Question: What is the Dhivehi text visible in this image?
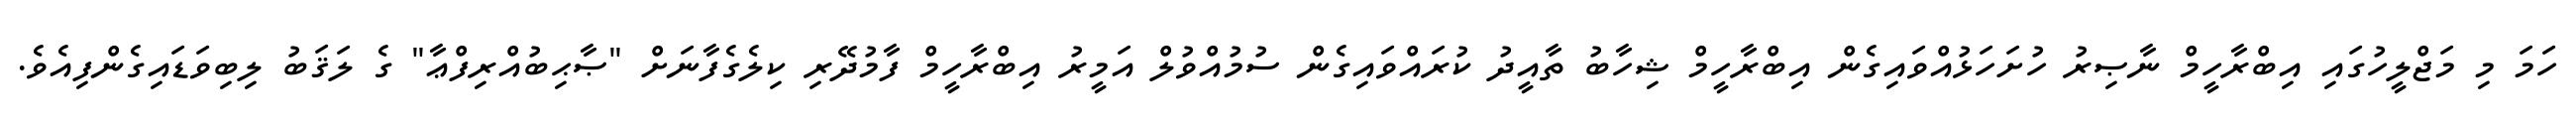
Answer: ހަމަ މި މަޖްލީހުގައި އިބްރާހީމް ނާޞިރު ހުށަހަޅުއްވައިގެން އިބްރާހީމް ޝިހާބު ތާއީދު ކުރައްވައިގެން ސުމުއްވުލް އަމީރު އިބްރާހީމް ފާމުދޭރި ކިލެގެފާނަށް "ޞާޙިބުއްރިފްޢާ" ގެ ލަޤަބު ލިބިވަޑައިގެންފިއެވެ.